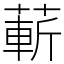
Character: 蔪